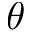
\theta